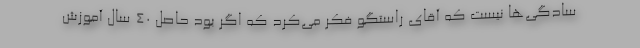
سادگی‌ها نیست که آقای راستگو فکر می‌کرد که اگر بود حاصل 40 سال آموزش